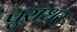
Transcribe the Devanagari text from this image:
पुरांधर